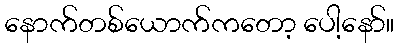
နောက်တစ်ယောက်ကတော့ ပေါ့နော်။